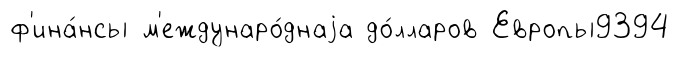
ф'ина́нсы м'еждунаро́днаjа до́лларов Европы9394